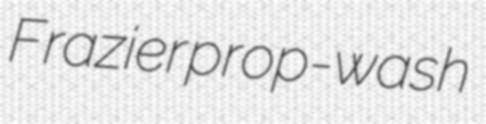
Frazier prop-wash